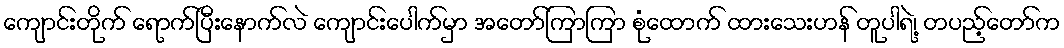
ကျောင်းတိုက် ရောက်ပြီးနောက်လဲ ကျောင်းပေါက်မှာ အတော်ကြာကြာ စုံထောက် ထားသေးဟန် တူပါရဲ့၊ တပည့်တော်က